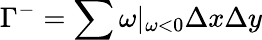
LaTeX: \Gamma^{-}=\sum\omega|_{\omega<0}\Delta x\Delta y